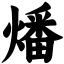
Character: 燔